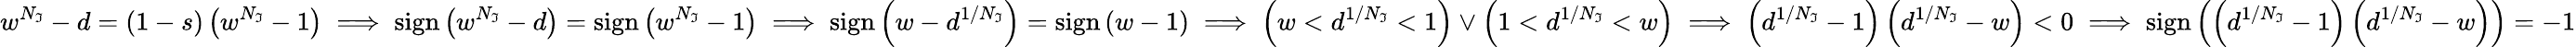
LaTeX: w^{N_{\mathfrak{I}}}-d=(1-s)\left(w^{N_{\mathfrak{I}}}-1\right)\implies\mathrm{{sign}}\left(w^{N_{\mathfrak{I}}}-d\right)=\mathrm{{sign}}\left(w^{N_{\mathfrak{I}}}-1\right)\implies\mathrm{{sign}}\left(w-d^{1/N_{\mathfrak{I}}}\right)=\mathrm{{sign}}\left(w-1\right)\implies\left(w<d^{1/N_{\mathfrak{I}}}<1\right)\lor\left(1<d^{1/N_{\mathfrak{I}}}<w\right)\implies\left(d^{1/N_{\mathfrak{I}}}-1\right)\left(d^{1/N_{\mathfrak{I}}}-w\right)<0\implies\mathrm{{sign}}\left(\left(d^{1/N_{\mathfrak{I}}}-1\right)\left(d^{1/N_{\mathfrak{I}}}-w\right)\right)=-1